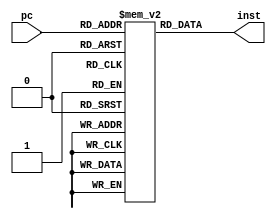
// Fetch Instruction Block
module fetch (
    input wire [9:0] pc,
    output wire [31:0] inst
);

// TODO: Make address byte-addressable, word-aligned? or is this for data memory?
    // Each address = 8-bit byte
    // Address must be a multiple of 4 to access
reg [31:0] im [0:1023]; // instruction memory

initial begin
    // For testing: Initialize instruction memory with preloaded instructions
    im[0] = 32'h20020005; // addi $2, $0, 5	-- $v0 = 5
    im[1] = 32'h20070003; // addi $7, $0, 3 -- $a3 = 3
    im[2] = 32'h20840003; // addi $4, $0, 3 -- $a0 = 3             
    im[3] = 32'h00e22025; // or $4, $7, $2 -- $a0 = $v0 or $a0 = 3
    im[4] = 32'h00642824; // and $5, $3, $4 -- $a1 = $v1 and $a0 = 0
    im[5] = 32'h00a42820; // add $5, $5, $4 -- $a1 = $a1 + $a0 = 3
    im[6] = 32'h0064302a; // slt $6, $3, $4 -- 
    im[7] = 32'h2005000a; // addi $5, $0, 10 -- 
    im[8] = 32'h00c53820; // add $7, $6, $5 -- 
    im[9] = 32'h00e23822; // sub $7, $7, $2 -- 
end

assign inst = im[pc];

endmodule